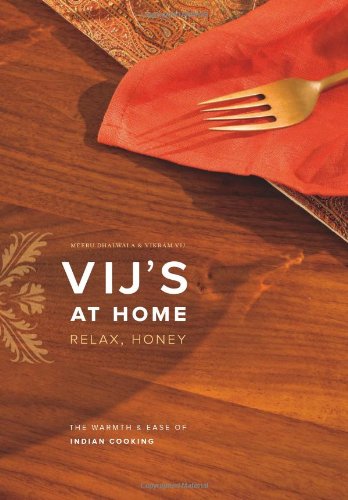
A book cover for Vij's at Home: Relax, Honey: The Warmth and Ease of Indian Cooking; Vikram Vij; Cookbooks, Food & Wine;